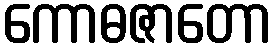
ကောဓဇာတော